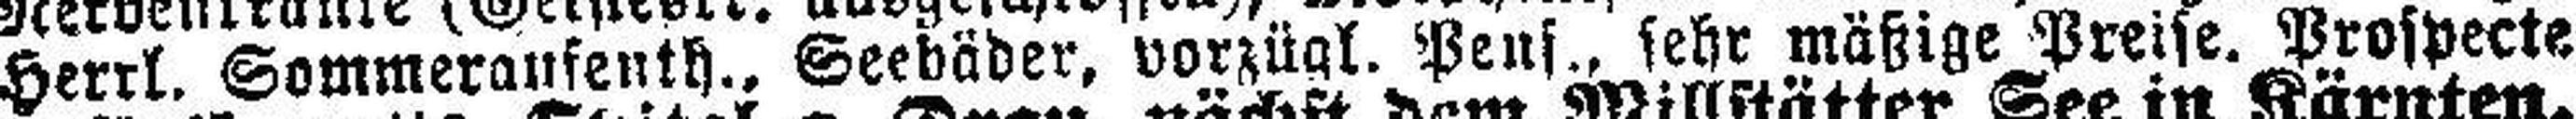
Herrl. Sommeraufenth., Seebäber, vorzügl. Pens., sehr mäßige Preise. Prospecte